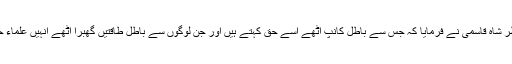
مولانا سید انظر شاہ قاسمی نے فرمایا کہ جس سے باطل کانپ اٹھے اسے حق کہتے ہیں اور جن لوگوں سے باطل طاقتیں گھبرا اٹھے انہیں علماء حق کہتے ہیں۔